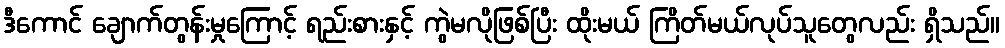
ဒီကောင် ချောက်တွန်းမှုကြောင့် ရည်းစားနှင့် ကွဲမလိုဖြစ်ပြီး ထိုးမယ် ကြိတ်မယ်လုပ်သူတွေလည်း ရှိသည်။